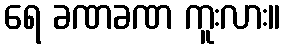
ရေ ခဏခဏ ကူးလား။